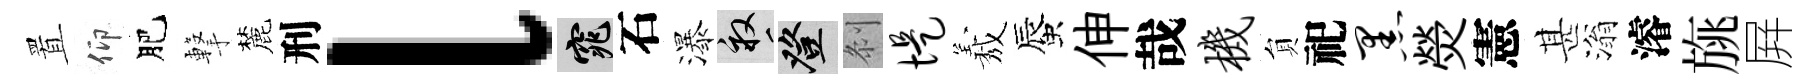
置仰肥撃麓刑l窕石瀑畝登𠛴堤𦏁蜃伸哉机貟祀黑熒憲甚滃濬旐屛